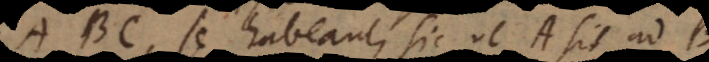
A B C, se habeant sic ut A sit